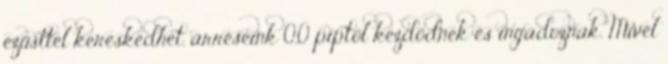
ezüsttel kereskedhet. árréseink 0,0 piptől kezdődnek és ingadoznak. Mivel